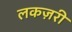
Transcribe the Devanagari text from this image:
लकज़री